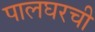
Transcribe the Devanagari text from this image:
पालघरची